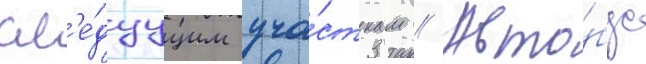
сл'е́дуущим уча́сткам // Авто́бус